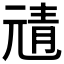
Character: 𩇖